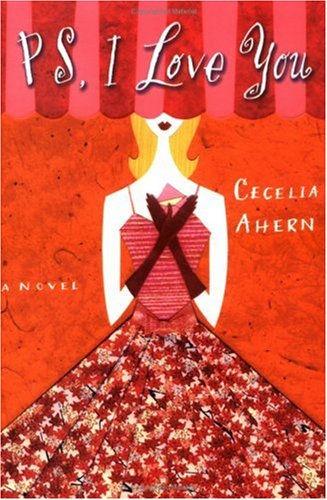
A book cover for PS, I Love You; Cecelia Ahern; Literature & Fiction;